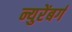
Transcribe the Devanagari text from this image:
न्युरेंबर्ग